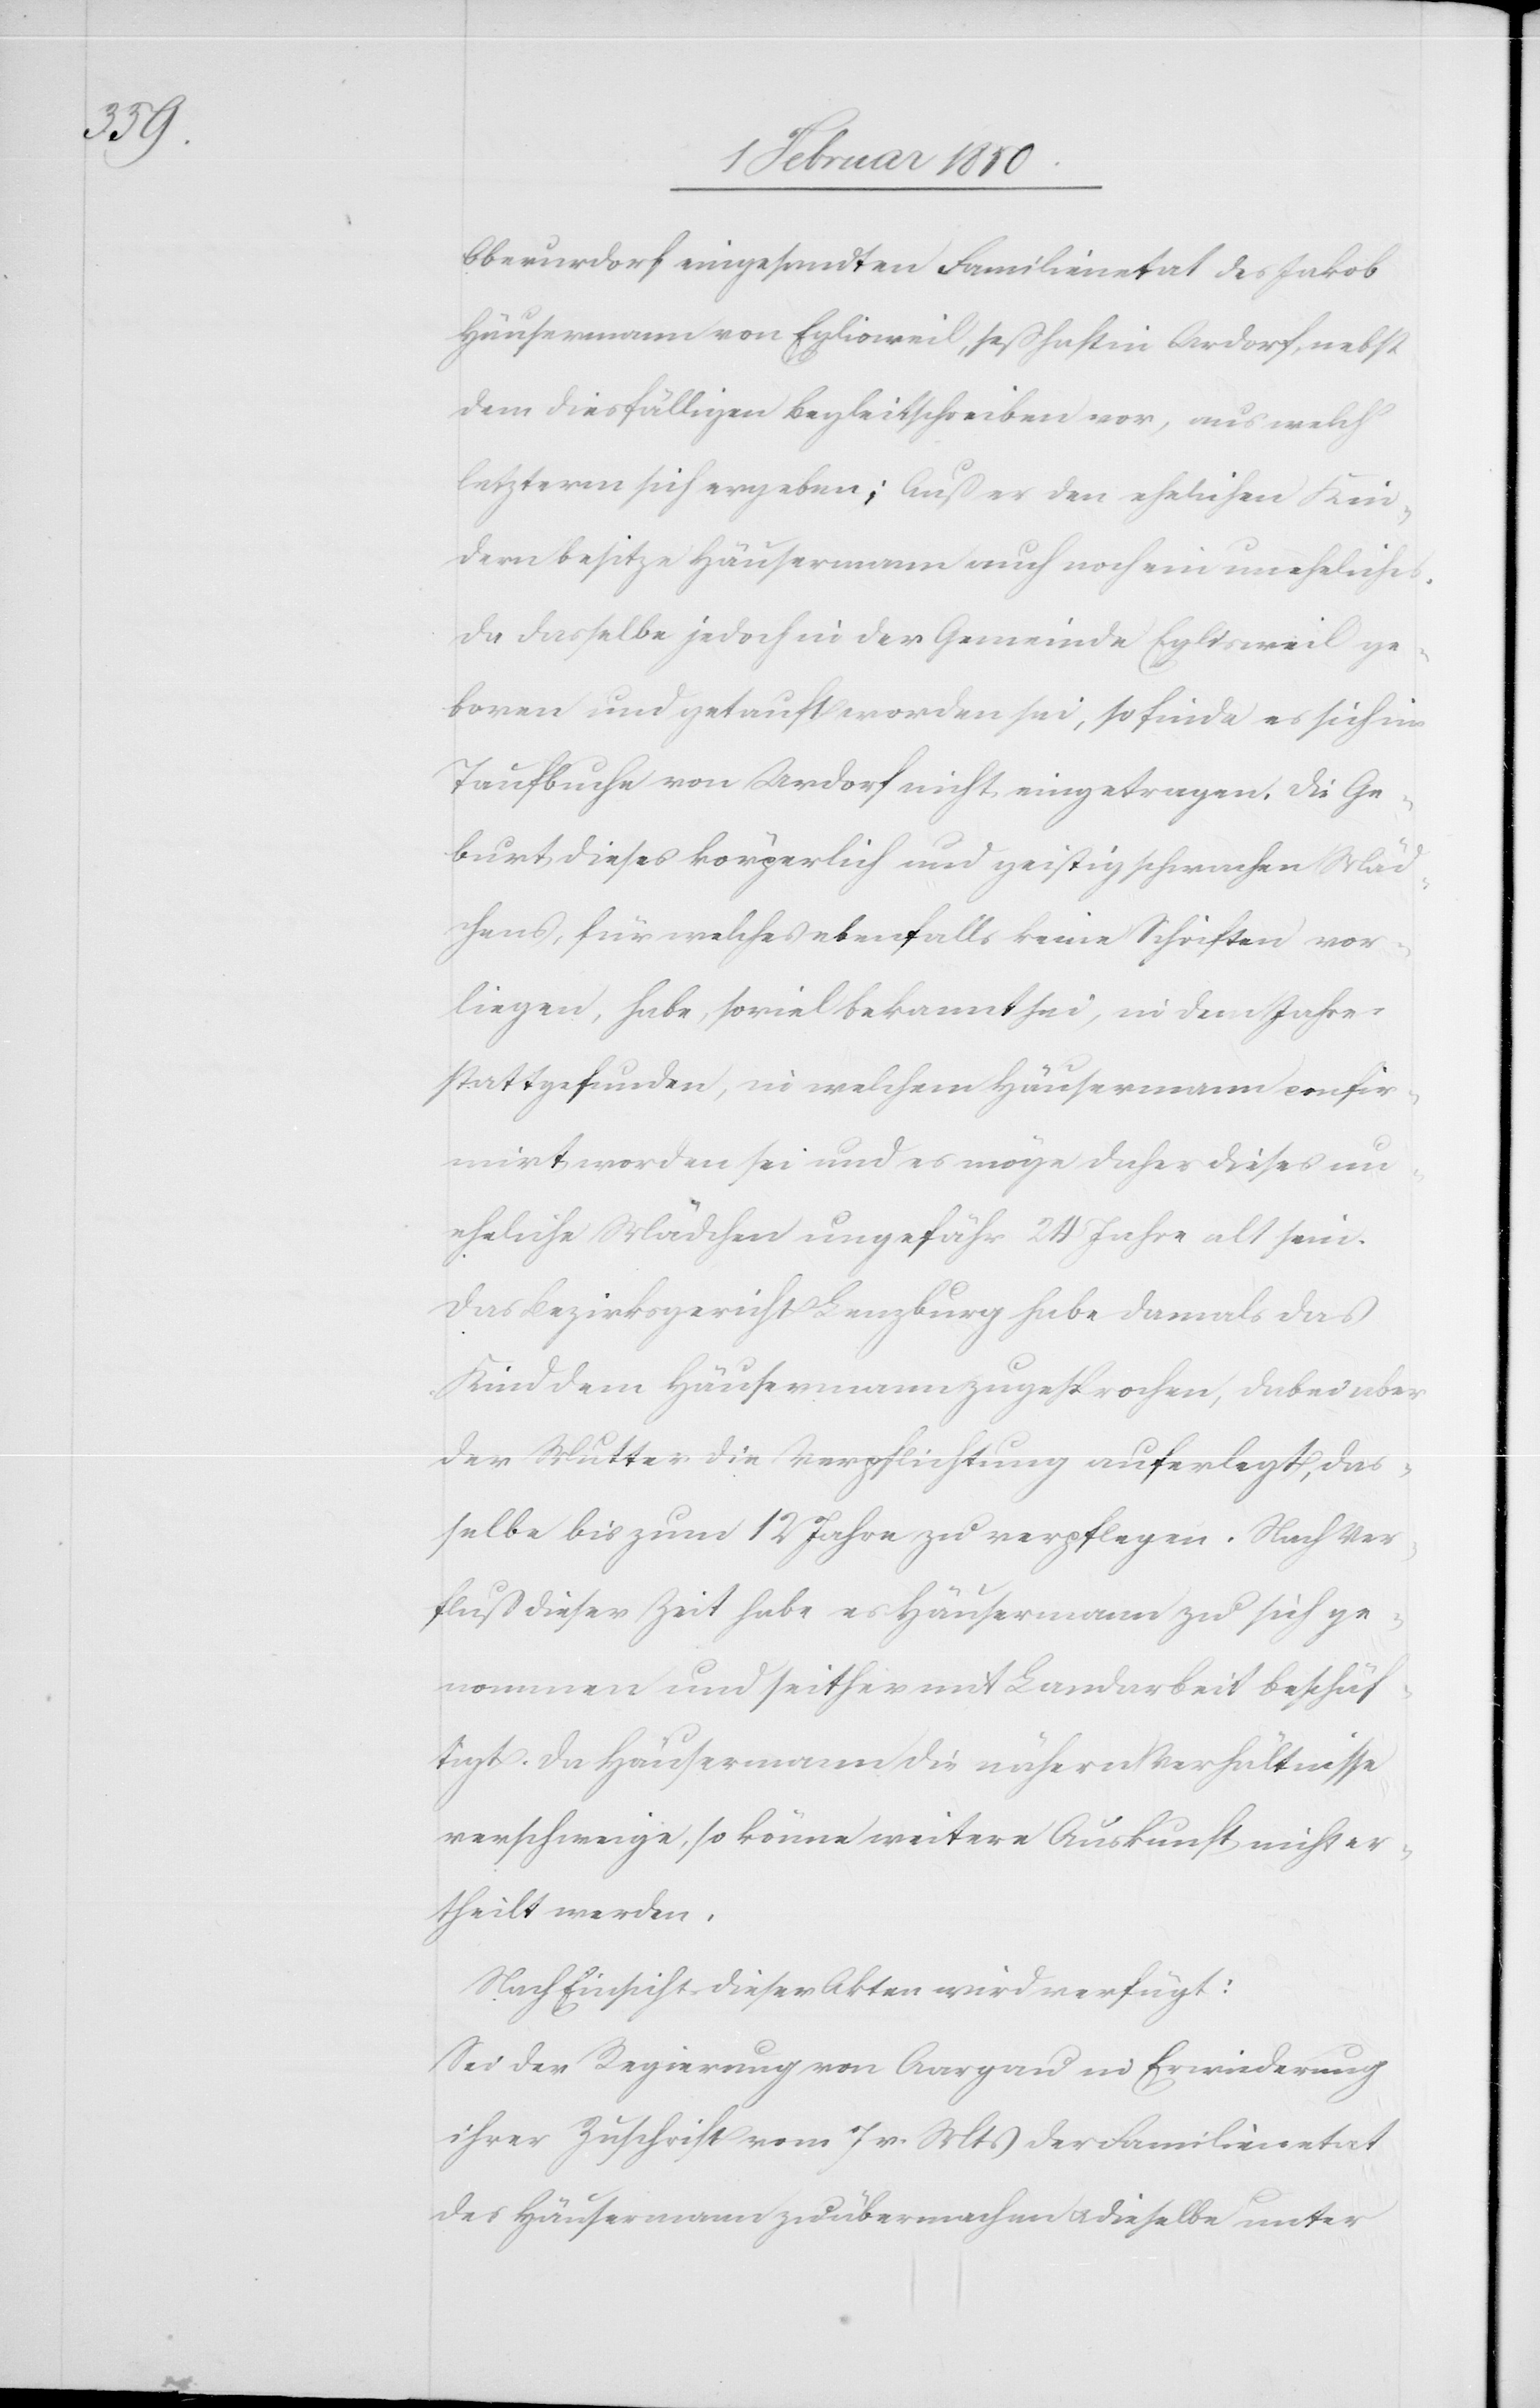
Oberurdorf eingesandten Familienetat des Jakob
Häusermann von Eglisweil, seßhaft in Ardorf, nebst
dem diesfälligen Begleitschreiben vor, aus welch
letzterm sich ergeben: Außer den ehelichen Kin¬
dern besitze Häusermann auch noch ein uneheliches.
Da dasselbe jedoch in der Gemeinde Eglisweil ge¬
boren und getauft worden sei, so finde es sich im
Taufbuche von Urdorf nicht eingetragen. Die Ge¬
burt dieses körperlich und geistig schwachen Mäd¬
chens, für welches ebenfalls keine Schriften vor¬
liegen, habe, soviel bekannt sei, in dem Jahre
stattgefunden, in welchem Häusermann confir¬
mirt worden sei und es möge daher dieses un¬
eheliche Mädchen ungefähr 24 Jahre alt sein.
Das Bezirksgericht Lenzburg habe damals das
Kind dem Häusermann zugesprochen, dabei aber
der Mutter die Verpflichtung auferlegt, das¬
selbe bis zum 12 Jahre zu verpflegen. Nach Ver¬
fluß dieser Zeit habe es Häusermann zu sich ge¬
nommen und seither mit Landarbeit beschäf¬
tigt. Da Häusermann die nähern Verhältnisse
verschweige, so könne weitere Auskunft nicht er¬
theilt werden.
Nach Einsicht dieser Akten wird verfügt:
Sei der Regierung von Aargau in Erwiederung
ihrer Zuschrift vom 7 v. Mts der Familienetat
des Häusermann zu übermachen u. dieselbe unter